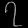
Digit: ၇